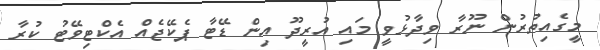
މީގެއިތުރުން ނޫރާ ވިދާޅުވީ މައި އުރީދޫ އިން ޑޭޓާ ޕެކޭޖެއް އެކްޓިވޭޓު ކުރާ